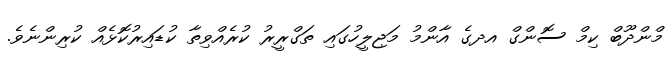
މްންދޫބް ކިމް ސޮންގް އދގެ އާންމު މަޖިލީހުގައި ތަގްރީރު ކުރެއްވިތާ ކުޑައިރުކޮޅެއް ކުރިންނެވެ.